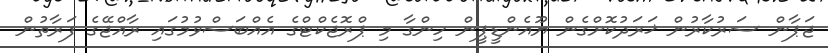
ޖަޕާން ސަރުކާރުން ޚަރަދުކޮށްގެން ޔޫއެންޑީޕީން ހިންގާ މި ޕްރޮޖެކްޓްގެ އެއްބަސްވުމުގައި ރާއްޖޭގެ ފަރާތުން